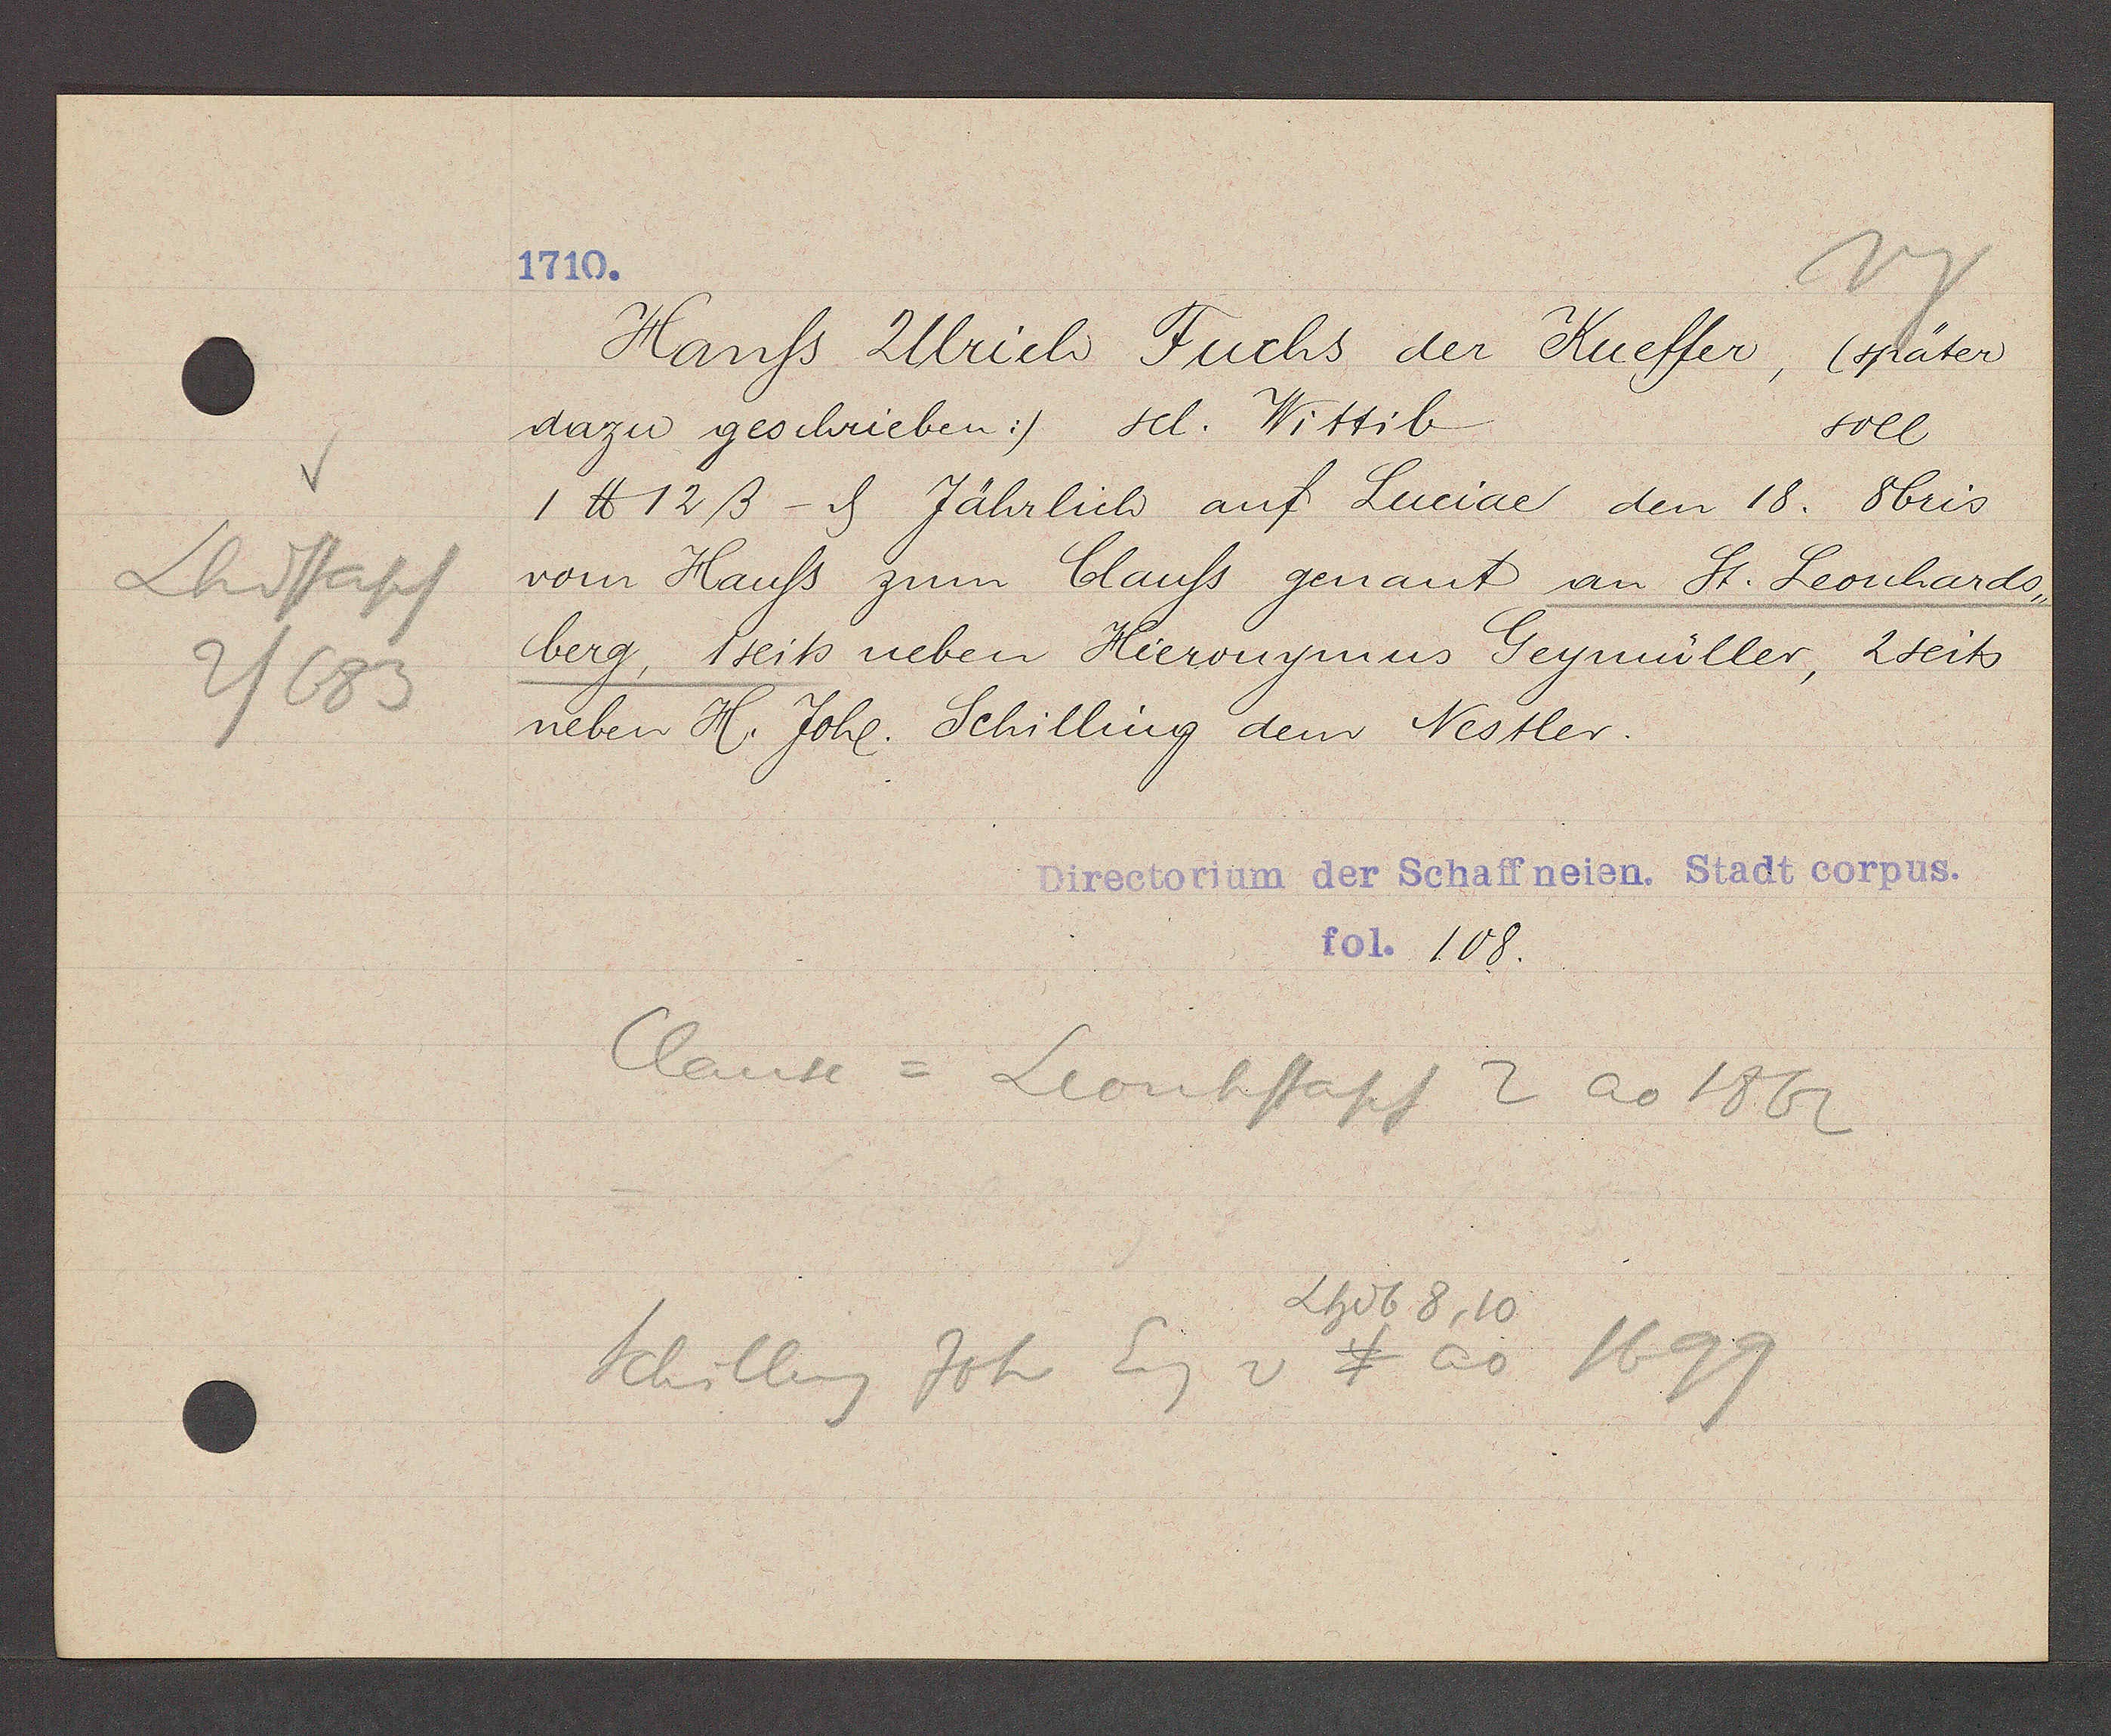
Transcript:
Lhdstapf
2/683

1710.

Hanss Ulrich Fuchs der Kueffer, (später
dazu geschrieben:) sel. Wittib
soll
1 ℔ 12 ß - ȡ Jährlich auf Luciae den 18. 8bris
vom Hauss zum Clauss genant an St. Leonhards¬
berg, 1seits neben Hieronymus Geymüller, 2seits
neben H. Johl. Schilling dem Nestler.

Directorium der Schaffneien. Stadt corpus.
fol. 108.

Clause = Leonhstapf 2 ao 1862
Lhdb 8, 10
Schilling Joh Eig v 4 ao 1699